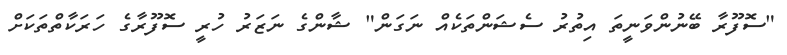
"ސޮފޫރާ ބޭނުންވަނީތަ އިތުރު ސެޝަންތަކެއް ނަގަން" ޝާންގެ ނަޒަރު ހުރީ ސޮފޫރާގެ ހަރަކާތްތަކަށް